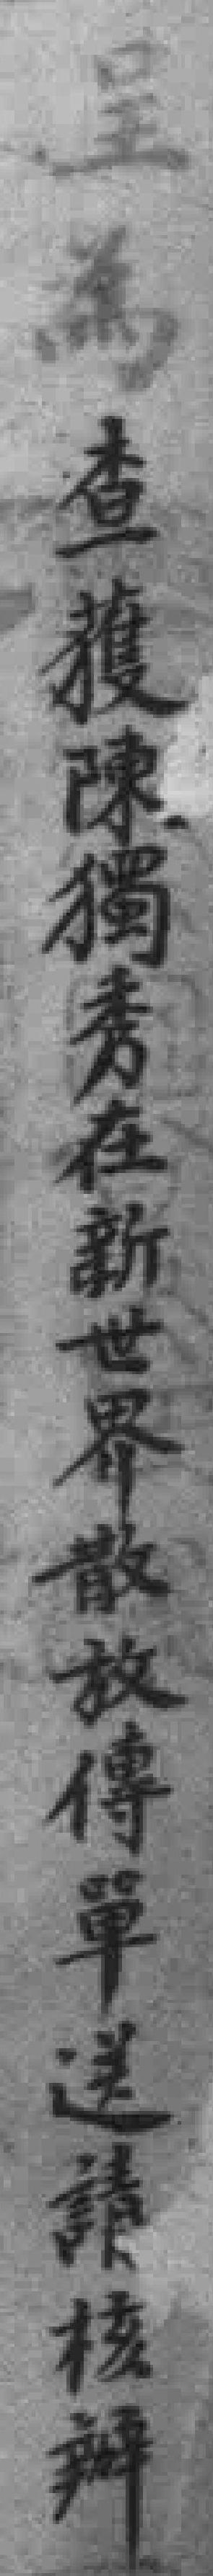
呈為查獲陳獨秀在新世界散放傳單送請核辦